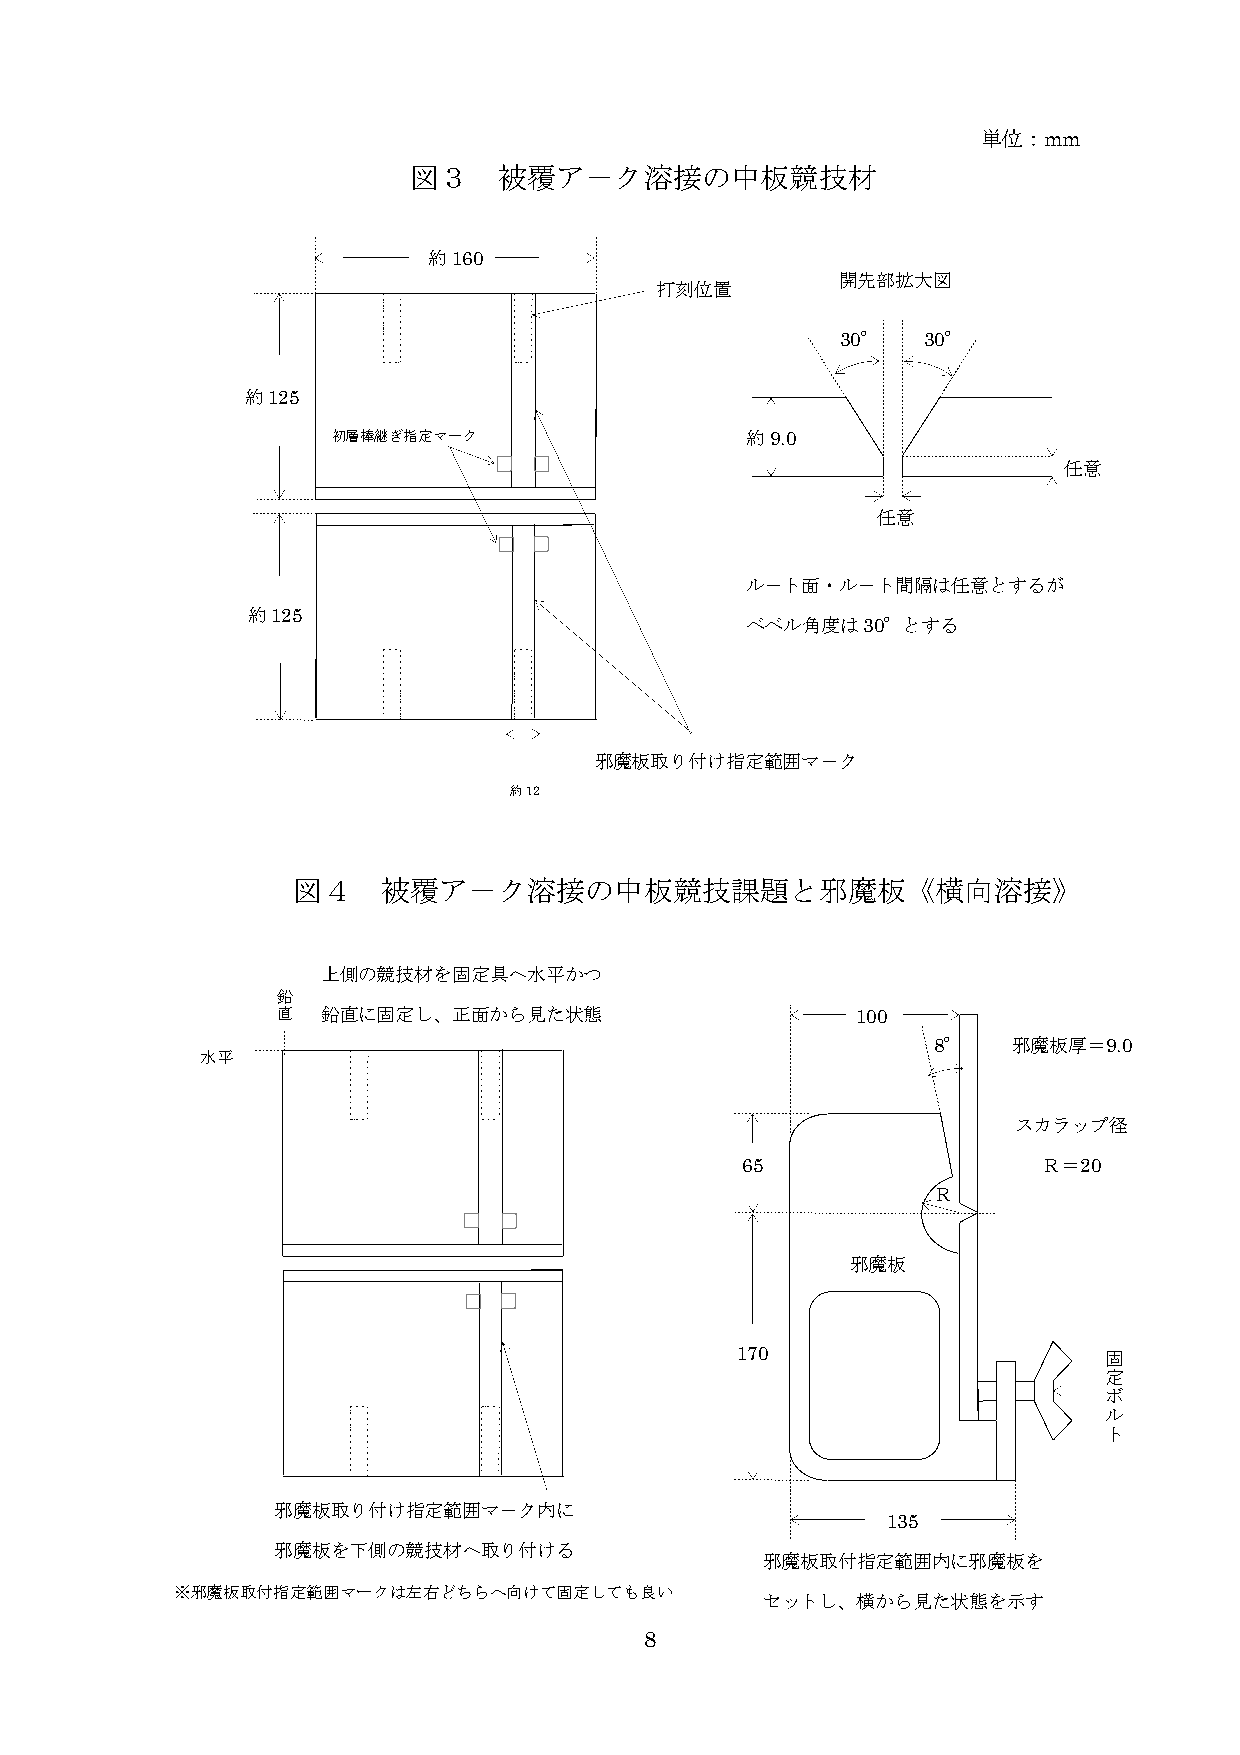
単位：mm
 図３    被覆ア－ク溶接の中板競技材
 約160
 打刻位置
 開先部拡大図
 30°  30°
 約125
 初層棒継ぎ指定マーク                 約9.0
 任意
 任意
 ル－ト面・ル－ト間隔は任意とするが
 約125
 ベベル角度は30°とする
 邪魔板取り付け指定範囲マ－ク
 約12
 図４    被覆ア－ク溶接の中板競技課題と邪魔板《横向溶接》
 上側の競技材を固定具へ水平かつ
 鉛
 直  鉛直に固定し、正面から見た状態                     100
 8°   邪魔板厚＝9.0
 水平
 スカラップ径
 65                  Ｒ＝20
 Ｒ
 邪魔板
 170                     固
 定
 ボ
 ル
 ト
 邪魔板取り付け指定範囲マ－ク内に
 135
 邪魔板を下側の競技材へ取り付ける
 邪魔板取付指定範囲内に邪魔板を
 ※邪魔板取付指定範囲マークは左右どちらへ向けて固定しても良い
 セットし、横から見た状態を示す
 8